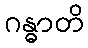
ဂန္ဓာတိ